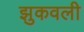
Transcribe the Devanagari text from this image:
झुकवली